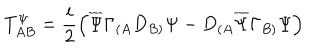
T _ { A B } ^ { \Psi } = \frac { i } { 2 } \left( \overline { { \Psi } } \Gamma _ { ( A } D _ { B ) } \Psi - D _ { ( A } \overline { { \Psi } } \Gamma _ { B ) } \Psi \right)